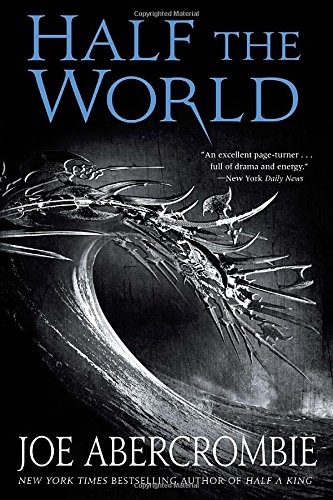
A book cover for Half the World (Shattered Sea); Joe Abercrombie; Literature & Fiction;